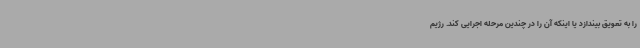
را به تعویق بیندازد یا اینکه آن را در چندین مرحله اجرایی کند. رژیم